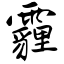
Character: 霾